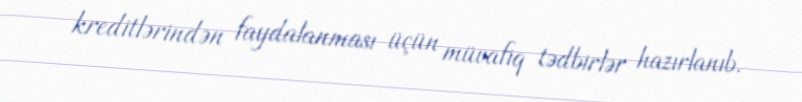
kreditlərindən faydalanması üçün müvafiq tədbirlər hazırlanıb.